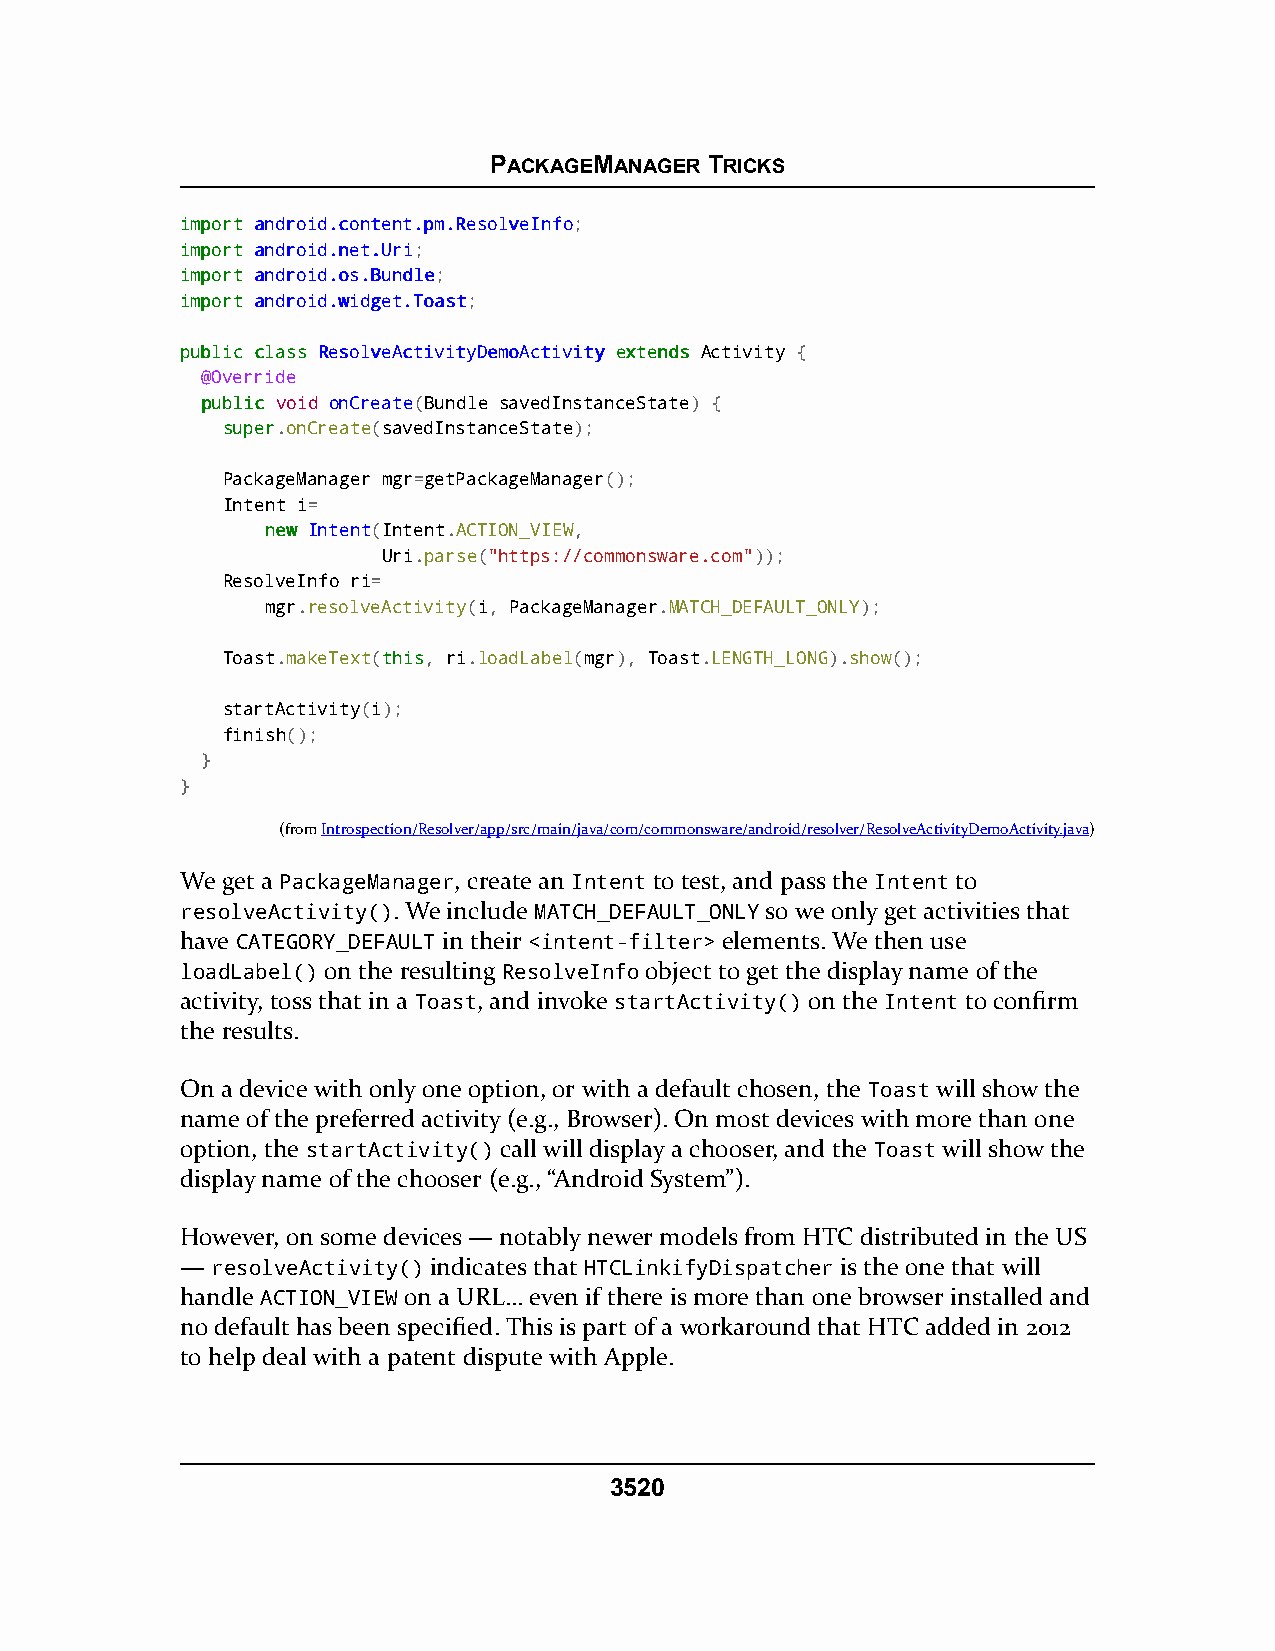
PACKAGEMANAGER TRICKS
 iimmppoorrtt aannddrrooiidd..ccoonntteenntt..ppmm..RReessoollvveeIInnffoo;
 iimmppoorrtt aannddrrooiidd..nneett..UUrrii;
 iimmppoorrtt aannddrrooiidd..ooss..BBuunnddllee;
 iimmppoorrtt aannddrrooiidd..wwiiddggeett..TTooaasstt;
 ppuubblliicc ccllaassss RReessoollvveeAAccttiivviittyyDDeemmooAAccttiivviittyy eexxtteennddss Activity {
 @Override
 ppuubblliicc void onCreate(Bundle savedInstanceState) {
 ssuuppeerr.onCreate(savedInstanceState);
 PackageManager mgr=getPackageManager();
 Intent i=
 nneeww Intent(Intent.ACTION_VIEW,
 Uri.parse("https://commonsware.com"));
 ResolveInfo ri=
 mgr.resolveActivity(i, PackageManager.MATCH_DEFAULT_ONLY);
 Toast.makeText(tthhiiss, ri.loadLabel(mgr), Toast.LENGTH_LONG).show();
 startActivity(i);
 finish();
 }
 }
 (fromIntrospection/Resolver/app/src/main/java/com/commonsware/android/resolver/ResolveActivityDemoActivity.java)
 We get a PackageManager, create an Intent to test, and pass the Intent to
 resolveActivity(). We include MATCH_DEFAULT_ONLY so we only get activities that
 have CATEGORY_DEFAULT in their <intent-filter> elements. We then use
 loadLabel() on the resulting ResolveInfo object to get the display name of the
 activity, toss that in a Toast, and invoke startActivity() on the Intent to confirm
 the results.
 On a device with only one option, or with a default chosen, the Toast will show the
 name of the preferred activity (e.g., Browser). On most devices with more than one
 option, the startActivity() call will display a chooser, and the Toast will show the
 display name of the chooser (e.g., “Android System”).
 However, on some devices — notably newer models from HTC distributed in the US
 — resolveActivity() indicates that HTCLinkifyDispatcher is the one that will
 handle ACTION_VIEW on a URL… even if there is more than one browser installed and
 no default has been specified. This is part of a workaround that HTC added in 2012
 to help deal with a patent dispute with Apple.
 3520